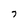
Character: 7